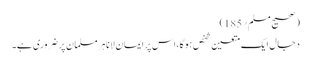
(صحیح مسلم؍185)
دجال ایک متعین شخص ہوگا،اس پر ایمان لانا ہر مسلمان پر ضروری ہے۔